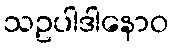
သဥပါဒါနောဝ